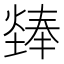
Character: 㷯